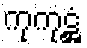
ကုကုဋ္ဌံ